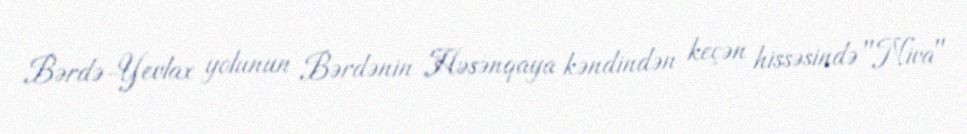
Bərdə-Yevlax yolunun Bərdənin Həsənqaya kəndindən keçən hissəsində "Niva"